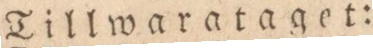
Tillwarataget: